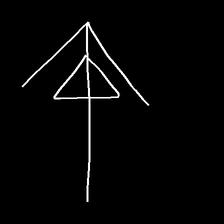
Glyph: pull